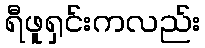
ရီဖူရှင်းကလည်း